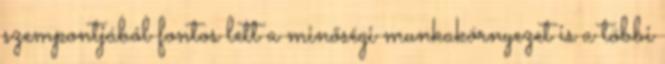
szempontjából fontos lett a minőségi munkakörnyezet is a többi